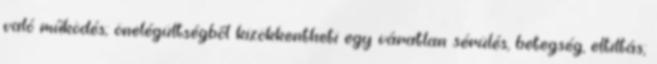
való működés; önelégültségből kizökkentheti egy váratlan sérülés, betegség, eltiltás;